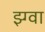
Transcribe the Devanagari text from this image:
झ्ग्वा